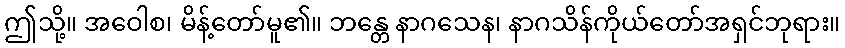
ဤသို့။ အဝေါစ၊ မိန့်တော်မူ၏။ ဘန္တေ နာဂသေန၊ နာဂသိန်ကိုယ်တော်အရှင်ဘုရား။